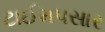
ટાઈમપસાર